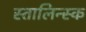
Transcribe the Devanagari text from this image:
स्तालिन्स्क